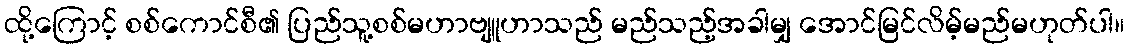
ထို့ကြောင့် စစ်ကောင်စီ၏ ပြည်သူ့စစ်မဟာဗျူဟာသည် မည်သည့်အခါမျှ အောင်မြင်လိမ့်မည်မဟုတ်ပါ။